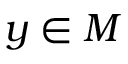
y \in M